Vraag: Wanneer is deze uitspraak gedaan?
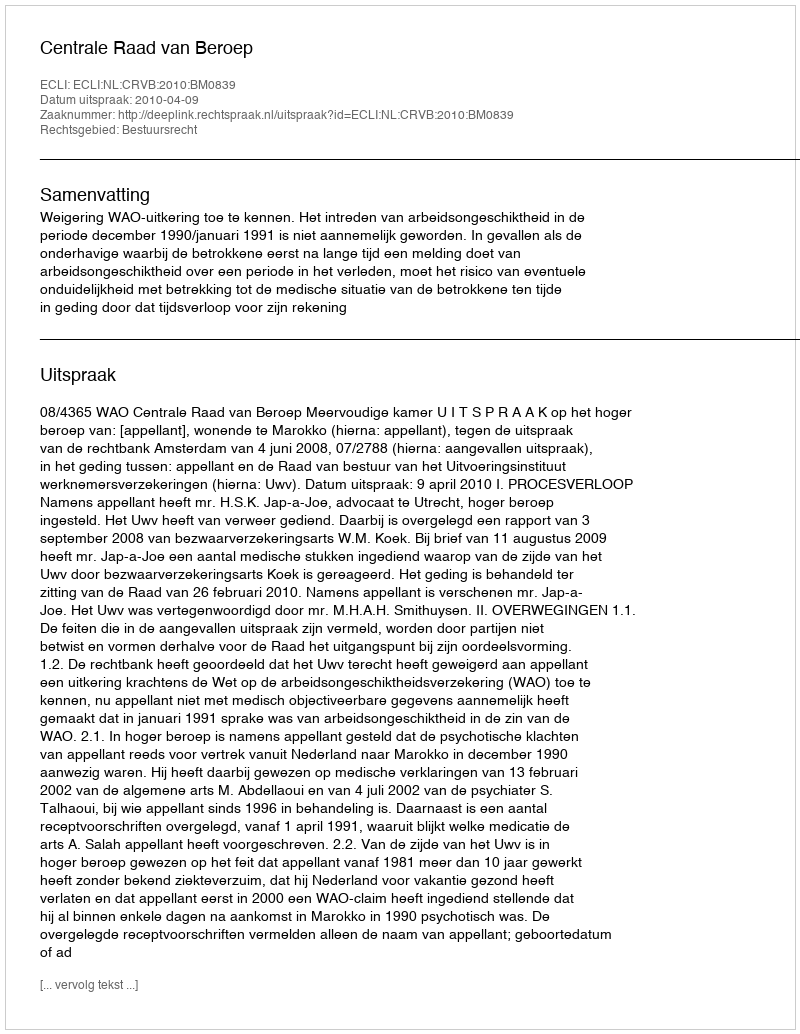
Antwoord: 2010-04-09